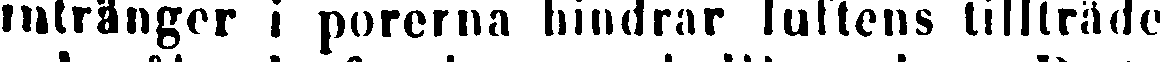
intränger i porerna hindrar luftens tillträde